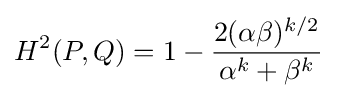
H^{2}(P,Q)=1-{\frac {2(\alpha \beta )^{k/2}}{\alpha ^{k}+\beta ^{k}}}